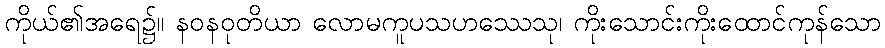
ကိုယ်၏အရေ၌။ နဝနဝုတိယာ လောမကူပသဟဿေသု၊ ကိုးသောင်းကိုးထောင်ကုန်သော